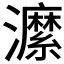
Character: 𤃰